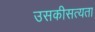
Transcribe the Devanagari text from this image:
उसकीसत्यता